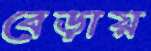
বেড়ায়